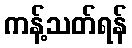
ကန့်သတ်ရန်